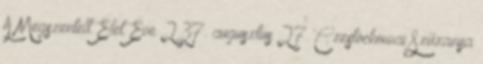
A Megszentelt Élet Éve 237. augusztus 27. Czestochowai Szűzanya